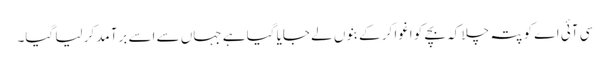
سی آئی اے کو پتہ چلا کہ بچے کو اغوا کر کے بنوں لے جایا گیا ہے جہاں سے اسے برآمد کر لیا گیا۔